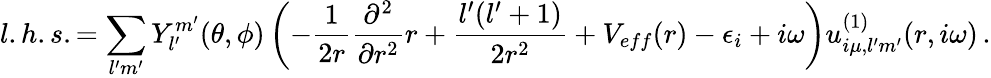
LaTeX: l.h.s.=\sum_{l^{\prime}m^{\prime}}Y_{l^{\prime}}^{m^{\prime}}(\theta,\phi)\left(-\frac{1}{2r}\frac{\partial^{2}}{\partial r^{2}}r+\frac{l^{\prime}(l^{\prime}+1)}{2r^{2}}+V_{eff}(r)-\epsilon_{i}+i\omega\right)u_{i\mu,l^{\prime}m^{\prime}}^{(1)}(r,i\omega)\, .